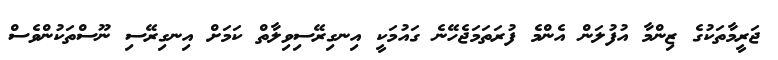
ޖަރީމާތަކުގެ ޒިންމާ އުފުލަން އެންމެ ފުރަތަމަޖެހޭނެ ގައުމަކީ އިނގިރޭސިވިލާތް ކަމަށް އިނގިރޭސި ނޫސްތަކުންވެސް